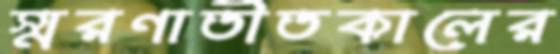
স্মরণাতীতকালের